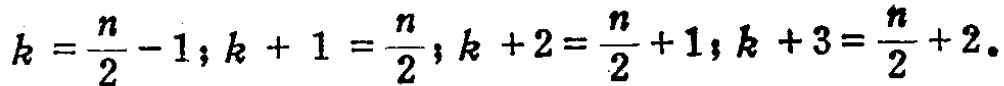
\(k = \frac{n}{2} - 1; k + 1 = \frac{n}{2}; k + 2 = \frac{n}{2} + 1; k + 3 = \frac{n}{2} + 2.\)